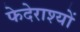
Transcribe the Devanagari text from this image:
फेदेराश्यों